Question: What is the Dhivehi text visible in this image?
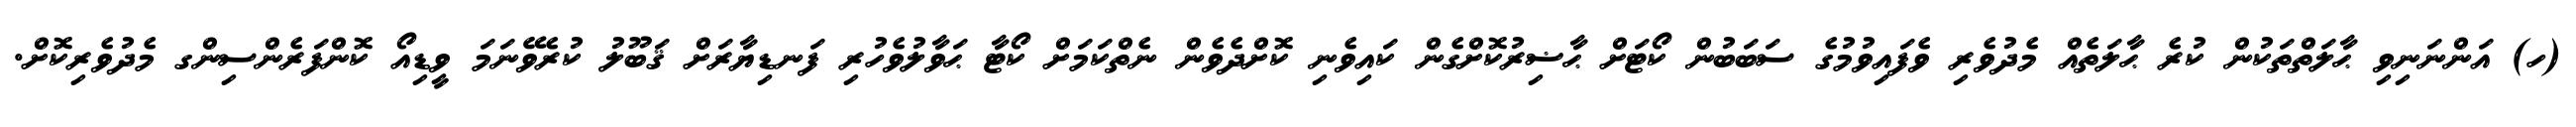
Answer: (ހ) އަންނަނިވި ޙާލަތްތަކުން ކުރެ ޙާލަތެއް މެދުވެރި ވެފައިވުމުގެ ސަބަބުން ކޯޓަށް ޙާޟިރުކޮށްގެން ކައިވެނި ކޮށްދެވެން ނެތްކަމަށް ކޯޓާ ޙަވާލުވެހުރި ފަނޑިޔާރަށް ޤަބޫލު ކުރެވޭނަމަ ވީޑިއޯ ކޮންފަރެންސިންގ މެދުވެރިކޮށް.